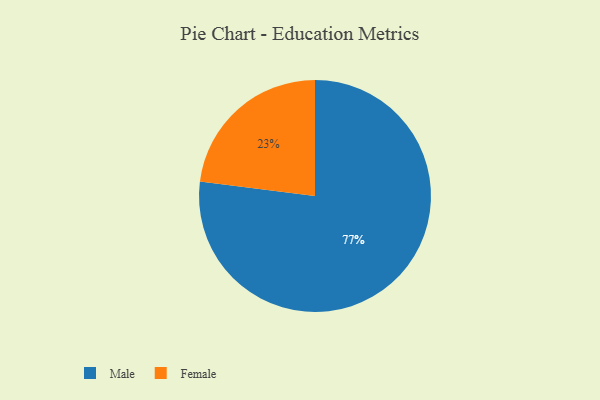
{"axis": {"x": "Category", "y": "Percentage"}, "legend": ["Female", "Male"], "data": [{"x": "Female", "y": 23, "type": "Female"}, {"x": "Male", "y": 77, "type": "Male"}]}